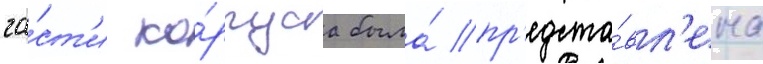
ча́ст'и ко́рпуса была́ пр'едста́вл'ена